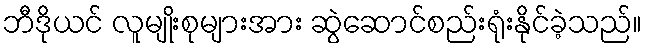
ဘီဒိုယင် လူမျိုးစုများအား ဆွဲဆောင်စည်းရုံးနိုင်ခဲ့သည်။